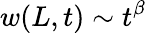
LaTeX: w(L,t)\sim t^{\beta}